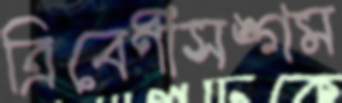
ত্রিবেণীসঙ্গম